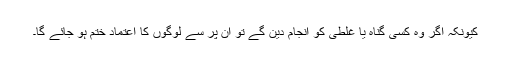
کیونکہ اگر وہ کسی گناہ یا غلطی کو انجام دین گے تو ان پر سے لوگوں کا اعتماد ختم ہو جائے گا۔